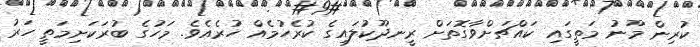
ކުރިން މޫނު މަތީގައި ކައްޗަށްވާގޮތަށް ރީނދޫކުލައިގެ ކުރެހުމެއް ހުރެއެވެ. މަހުގެ ބުރަކަށިމަތީ ހަރު